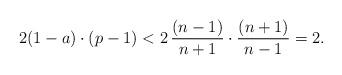
LaTeX: \begin{align*}2 (1-a)\cdot (p-1) < 2\, \frac{(n-1)}{n+1} \cdot \frac{(n+1)}{n-1} =2.\end{align*}